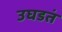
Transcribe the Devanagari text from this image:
उघडतं